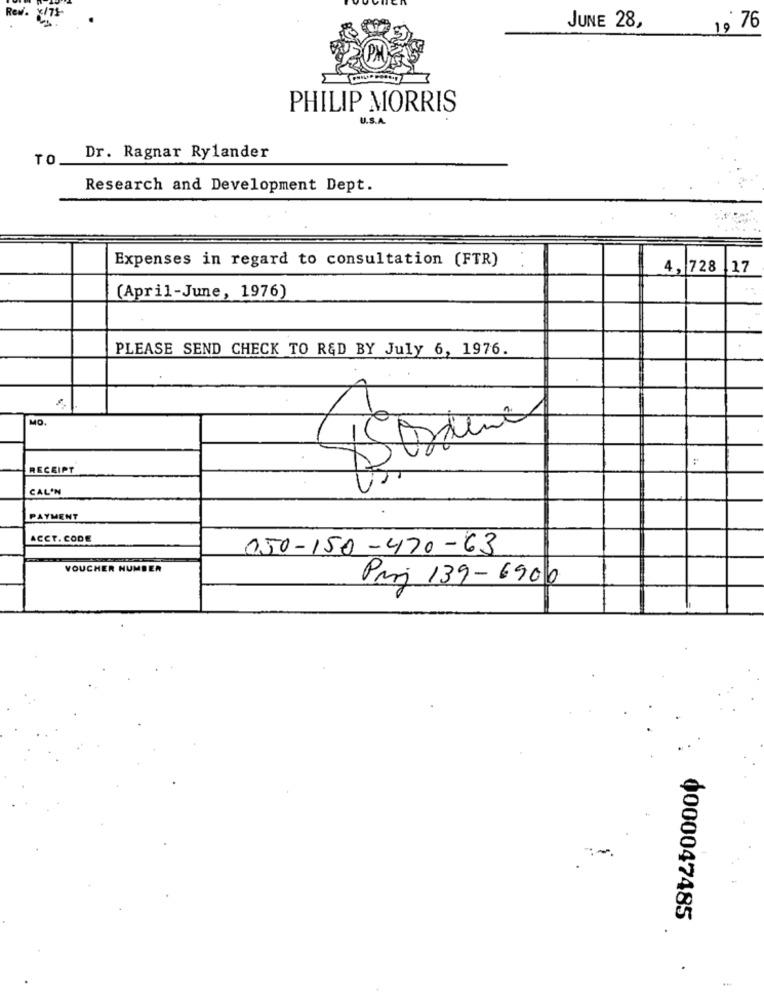
JUNE 28,
1, 76
PHILIP MORRIS
U.S.A.
TO
Dr. Ragnar Rylander
Research and Development Dept.
Expenses in regard to consultation (FTR)
4, 728 17
(April-June, 1976)
PLEASE SEND CHECK TO R&D BY July 6, 1976.
MO.
X
RECEIPT
CAL'N
PAYMENT
ACCT. CODE
050-150-470-63
VOUCHER NUMBER
Pari 139- 6900
0000047485
.